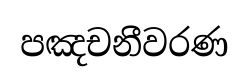
පඤචනීවරණ